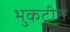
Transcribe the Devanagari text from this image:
भुकटीत